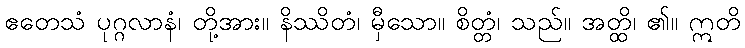
ဧတေသံ ပုဂ္ဂလာနံ၊ တို့အား။ နိဿိတံ၊ မှီသော။ စိတ္တံ၊ သည်။ အတ္ထိ၊ ၏။ ဣတိ